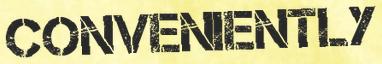
CONVENIENTLY